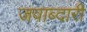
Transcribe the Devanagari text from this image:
जवाब्दारी